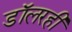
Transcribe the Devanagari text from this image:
डॉलरही